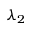
\lambda _ { 2 }